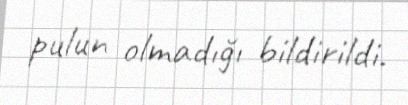
pulun olmadığı bildirildi.